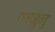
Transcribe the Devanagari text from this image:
गाजुलु